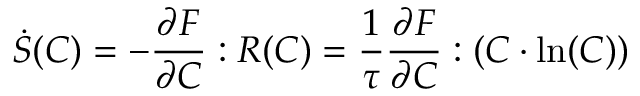
\dot { S } ( \boldsymbol { C } ) = - \frac { \partial F } { \partial \boldsymbol { C } } : \boldsymbol { R } ( \boldsymbol { C } ) = \frac { 1 } { \tau } \frac { \partial F } { \partial \boldsymbol { C } } : ( \boldsymbol { C } \cdot \ln ( \boldsymbol { C } ) )